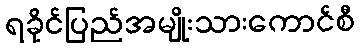
ရခိုင်ပြည်အမျိုးသားကောင်စီ